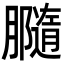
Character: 𦢪